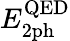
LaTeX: E_{\mathrm{2ph}}^{\mathrm{QED}}